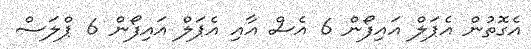
އެގޮތުން އެޕަލް އައިފޯން 6 އެސް އާއި އެޕަލް އައިފޯން 6 ޕްލަސް